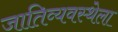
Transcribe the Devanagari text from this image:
जातिव्यवस्थेला